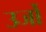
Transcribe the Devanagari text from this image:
उर्जो